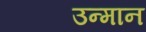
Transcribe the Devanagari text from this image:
उन्मान